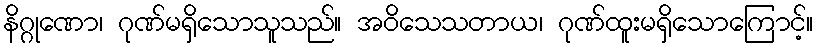
နိဂ္ဂုဏော၊ ဂုဏ်မရှိသောသူသည်။ အဝိသေသတာယ၊ ဂုဏ်ထူးမရှိသောကြောင့်။